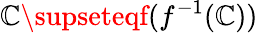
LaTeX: \mathbb{C}\supseteqf(f^{-1}(\mathbb{C}))